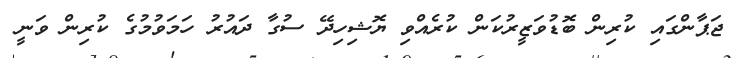
ޖަޕާންގައި ކުރިން ބޮޑުވަޒީރުކަން ކުރެއްވި ޔޮޝިހިދޭ ސުގާ ދައުރު ހަމަވުމުގެ ކުރިން ވަނީ